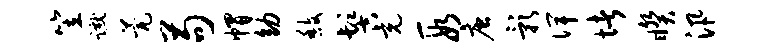
笠蹴甍苟帽幼馥髻充段唐影俾堵睽汛